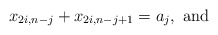
\begin{align*} x_{2i,n-j} + x_{2i,n-j+1}=a_j, \mbox{ and }\end{align*}